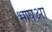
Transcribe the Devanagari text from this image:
भाषआ